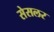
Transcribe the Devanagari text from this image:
सेसलर